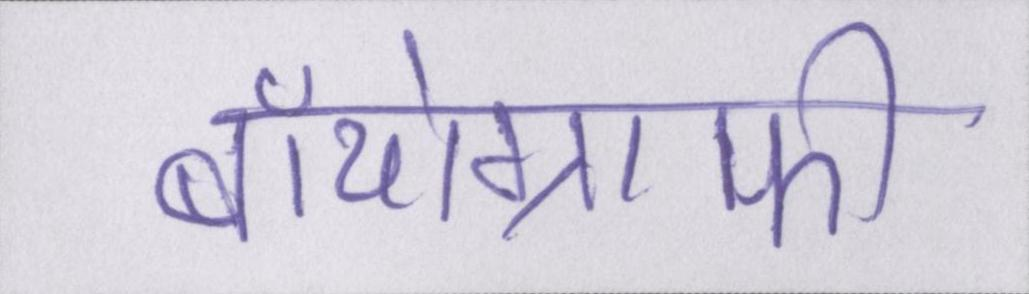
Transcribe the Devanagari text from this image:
बॉयोग्राफी